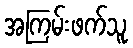
အကြမ်းဖက်သူ